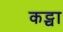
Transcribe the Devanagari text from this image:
कट्चा